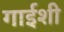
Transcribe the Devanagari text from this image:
गाईशी